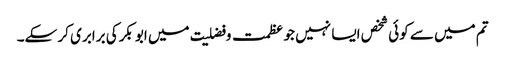
تم میں سے کوئی شخص ایسا نہیں جو عظمت و فضلیت میں ابو بکرکی برابری کر سکے۔